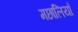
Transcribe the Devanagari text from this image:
मछालियाँ